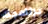
برنامجك